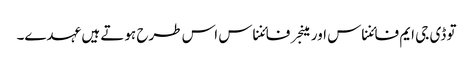
تو ڈی جی ایم فائنناس اور مینجر فائنناس اس طرح ہوتے ہیں عہدے۔